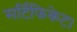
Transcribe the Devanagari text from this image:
सर्टिफिकेट।